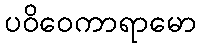
ပဝိဝေကာရာမော